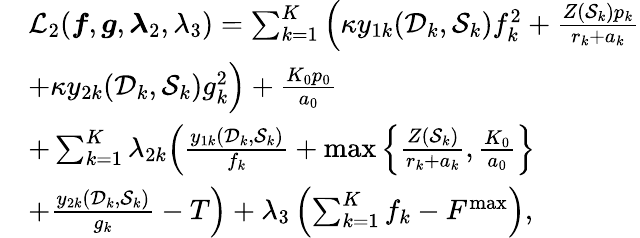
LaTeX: \begin{array}{r}{\begin{array}{rl}&{\mathcal L_{2}(\boldsymbol f,\boldsymbol g,\boldsymbol\lambda_{2},\lambda_{3})=\sum_{k=1}^{K}\Big(\kappa y_{1k}(\mathcal D_{k},\mathcal S_{k})f_{k}^{2}+\frac{Z(\mathcal S_{k})p_{k}}{r_{k}+a_{k}}}\\ &{+\kappa y_{2k}(\mathcal D_{k},\mathcal S_{k})g_{k}^{2}\Big)+\frac{K_{0}p_{0}}{a_{0}}}\\ &{+\sum_{k=1}^{K}\lambda_{2k}\Big(\frac{y_{1k}(\mathcal D_{k},\mathcal S_{k})}{f_{k}}+\operatorname*{max}\left\{ \frac{Z(\mathcal S_{k})}{r_{k}+a_{k}},\frac{K_{0}}{a_{0}}\right\} }\\ &{+\frac{y_{2k}(\mathcal D_{k},\mathcal S_{k})}{g_{k}}-T\Big)+\lambda_{3}\left(\sum_{k=1}^{K}f_{k}-F^{\operatorname*{max}}\right),}\end{array}}\end{array}